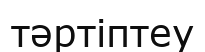
тәртіптеу